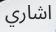
اشاري